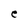
Character: e